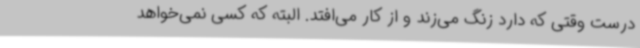
درست وقتی که دارد زنگ می‌زند و از کار می‌افتد. البته که کسی نمی‌خواهد